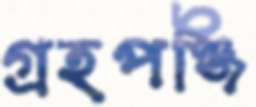
গ্রহপঞ্জি